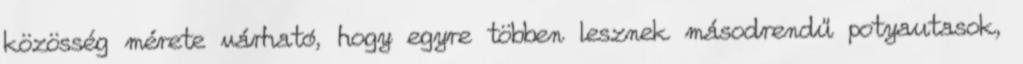
közösség mérete várható, hogy egyre többen lesznek másodrendű potyautasok,